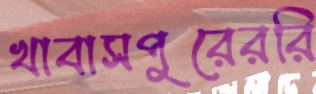
খাবাসপুরেররি